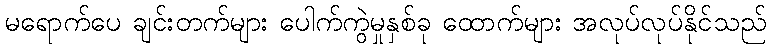
မရောက်ပေ ချင်းတက်များ ပေါက်ကွဲမှုနှစ်ခု ထောက်များ အလုပ်လုပ်နိုင်သည်